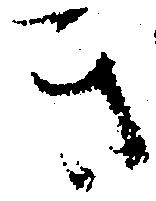
き